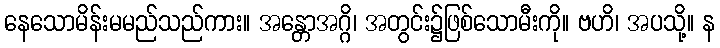
နေသောမိန်းမမည်သည်ကား။ အန္တောအဂ္ဂိ၊ အတွင်း၌ဖြစ်သောမီးကို။ ဗဟိ၊ အပသို့။ န